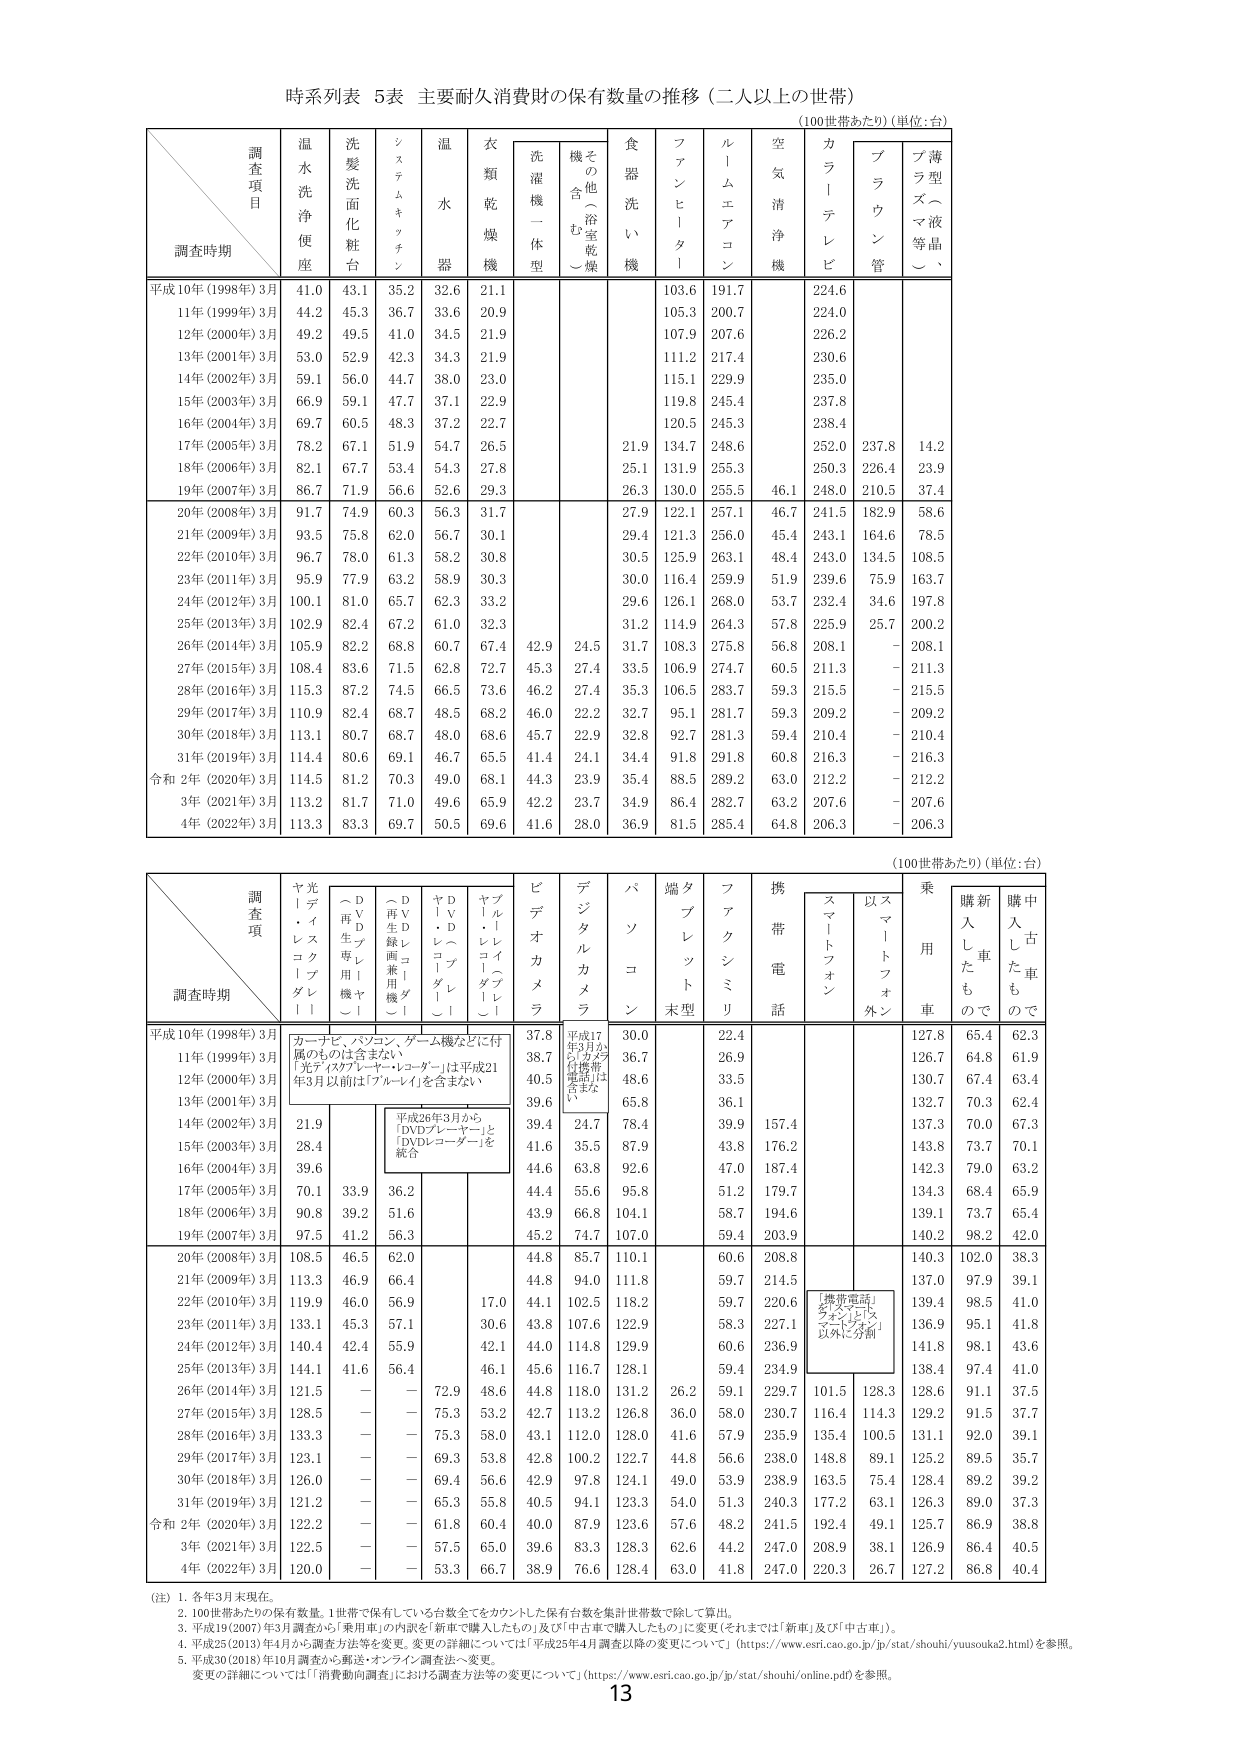
時系列表 5表 主要耐久消費財の保有数量の推移（二人以上の世帯）
（100世帯あたり）（単位：台）

調査項目
調査時期
温水洗浄便座
洗髪洗面化粧台
システムキッチン
温水器
衣類乾燥機
洗濯機一体型
その他（浴室乾燥含む）
食器洗い機
ファンヒーター
ルームエアコン
空気清浄機
カラーテレビ
ブラウン管
プラズマ・液晶等品

平成10年（1998年）3月
41.0
43.1
35.2
32.6
21.1
103.6
191.7
224.6

11年（1999年）3月
44.2
45.3
36.7
33.6
20.9
105.3
200.7
224.0

12年（2000年）3月
49.2
49.5
41.0
34.5
21.9
107.9
207.6
226.2

13年（2001年）3月
53.0
52.9
42.3
34.3
21.9
111.2
217.4
230.6

14年（2002年）3月
59.1
56.0
44.7
38.0
23.0
115.1
229.9
235.0

15年（2003年）3月
66.9
59.1
47.7
37.1
22.9
119.8
245.4
237.8

16年（2004年）3月
69.7
60.5
48.3
37.2
22.7
120.5
245.3
238.4

17年（2005年）3月
78.2
67.1
51.9
54.7
26.5
21.9
134.7
248.6
252.0
237.8
14.2

18年（2006年）3月
82.1
67.7
53.4
54.3
27.8
25.1
131.9
255.3
250.3
226.4
23.9

19年（2007年）3月
86.7
71.9
56.6
52.6
29.3
26.3
130.0
255.5
46.1
248.0
210.5
37.4

20年（2008年）3月
91.7
74.9
60.3
56.3
31.7
27.9
122.1
257.1
46.7
241.5
182.9
58.6

21年（2009年）3月
93.5
75.8
62.0
56.7
30.1
29.4
121.3
256.0
45.4
243.1
164.6
78.5

22年（2010年）3月
96.7
78.0
61.3
58.2
30.8
30.5
125.9
263.1
48.4
243.0
134.5
108.5

23年（2011年）3月
95.9
77.9
63.2
58.9
30.3
30.0
116.4
259.9
51.9
239.6
75.9
163.7

24年（2012年）3月
100.1
81.0
65.7
62.3
33.2
29.6
126.1
268.0
53.7
232.4
34.6
197.8

25年（2013年）3月
102.9
82.4
67.2
61.0
32.3
31.2
114.9
264.3
57.8
225.9
25.7
200.2

26年（2014年）3月
105.9
82.2
68.8
60.7
67.4
42.9
24.5
31.7
108.3
275.8
56.8
208.1
－
208.1

27年（2015年）3月
108.4
83.6
71.5
62.8
72.7
45.3
27.4
33.5
106.9
274.7
60.5
211.3
－
211.3

28年（2016年）3月
115.3
87.2
74.5
66.5
73.6
46.2
27.4
35.3
106.5
283.7
59.3
215.5
－
215.5

29年（2017年）3月
110.9
82.4
68.7
48.5
68.2
46.0
22.2
32.7
95.1
281.7
59.3
209.2
－
209.2

30年（2018年）3月
113.1
80.7
68.7
48.0
68.6
45.7
22.9
32.8
92.7
281.3
59.4
210.4
－
210.4

31年（2019年）3月
114.4
80.6
69.1
46.7
65.5
41.4
24.1
34.4
91.8
291.8
60.8
216.3
－
216.3

令和2年（2020年）3月
114.5
81.2
70.3
49.0
68.1
44.3
23.9
35.4
88.5
289.2
63.0
212.2
－
212.2

3年（2021年）3月
113.2
81.7
71.0
49.6
65.9
42.2
23.7
34.9
86.4
282.7
63.2
207.6
－
207.6

4年（2022年）3月
113.3
83.3
69.7
50.5
69.6
41.6
28.0
36.9
81.5
285.4
64.8
206.3
－
206.3

（100世帯あたり）（単位：台）

調査項目
調査時期
ヤ光・ディレクトブレード
D V D レコーダー（再生専用機）
D V D レコーダー（再生録画兼用機）
D V D プレイヤー
ブルーレイ・プレイヤー
ビデオカメラ
デジタルカメラ
パソコン
端末型
タブレット
ファクシミリ
携帯電話
スマートフォン
スマートフォン以外
乗用車
購入したものです
中古車購入したものです

平成10年（1998年）3月
カーナビ、パソコン、ゲーム機などに付属のものは含まない。
「光ディレクト・オーローダー」は平成21年3月以前は「ブルーレイ」を含まない。
37.8
平成17年3月から「カメラ付き携帯電話」は含まない。
30.0
22.4
127.8
65.4
62.3

11年（1999年）3月
38.7
36.7
26.9
126.7
64.8
61.9

12年（2000年）3月
40.5
48.6
33.5
130.7
67.4
63.4

13年（2001年）3月
39.6
65.8
36.1
132.7
70.3
62.4

14年（2002年）3月
21.9
平成26年3月から「DVDプレーヤー」と「DVDレコーダー」を統合
39.4
24.7
78.4
39.9
157.4
137.3
70.0
67.3

15年（2003年）3月
28.4
41.6
35.5
87.9
43.8
176.2
143.8
73.7
70.1

16年（2004年）3月
39.6
44.6
63.8
92.6
47.0
187.4
142.3
79.0
63.2

17年（2005年）3月
70.1
33.9
36.2
44.4
55.6
95.8
51.2
179.7
134.3
68.4
65.9

18年（2006年）3月
90.8
39.2
51.6
43.9
66.8
104.1
58.7
194.6
139.1
73.7
65.4

19年（2007年）3月
97.5
41.2
56.3
45.2
74.7
107.0
59.4
203.9
140.2
98.2
42.0

20年（2008年）3月
108.5
46.5
62.0
44.8
85.7
110.1
60.6
208.8
140.3
102.0
38.3

21年（2009年）3月
113.3
46.9
66.4
44.8
94.0
111.8
59.7
214.5
137.0
97.9
39.1

22年（2010年）3月
119.9
46.0
56.9
17.0
44.1
102.5
118.2
59.7
220.6
「携帯電話」を「スマートフォン」「スマートフォン以外」に分類
139.4
98.5
41.0

23年（2011年）3月
133.1
45.3
57.1
30.6
43.8
107.6
122.9
58.3
227.1
136.9
95.1
41.8

24年（2012年）3月
140.4
42.4
55.9
42.1
44.0
114.8
129.9
60.6
236.9
141.8
98.1
43.6

25年（2013年）3月
144.1
41.6
56.4
46.1
45.6
116.7
128.1
59.4
234.9
138.4
97.4
41.0

26年（2014年）3月
121.5
－
－
72.9
48.6
44.8
118.0
131.2
26.2
59.1
229.7
101.5
128.3
128.6
91.1
37.5

27年（2015年）3月
128.5
－
－
75.3
53.2
42.7
113.2
126.8
36.0
58.0
230.7
116.4
114.3
129.2
91.5
37.7

28年（2016年）3月
133.3
－
－
75.3
58.0
43.1
112.0
128.0
41.6
57.9
235.9
135.4
100.5
131.1
92.0
39.1

29年（2017年）3月
123.1
－
－
69.3
53.8
42.8
100.2
122.7
44.8
56.6
238.0
148.8
89.1
125.2
89.5
35.7

30年（2018年）3月
126.0
－
－
69.4
56.6
42.9
97.8
124.1
49.0
53.9
238.9
163.5
75.4
128.4
89.2
39.2

31年（2019年）3月
121.2
－
－
65.3
55.8
40.5
94.1
123.3
54.0
51.3
240.3
177.2
63.1
126.3
89.0
37.3

令和2年（2020年）3月
122.2
－
－
61.8
60.4
40.0
87.9
123.6
57.6
48.2
241.5
192.4
49.1
125.7
86.9
38.8

3年（2021年）3月
122.5
－
－
57.5
65.0
39.6
83.3
128.3
62.6
44.2
247.0
208.9
38.1
126.9
86.4
40.5

4年（2022年）3月
120.0
－
－
53.3
66.7
38.9
76.6
128.4
63.0
41.8
247.0
220.3
26.7
127.2
86.8
40.4

（注）1. 各年3月末現在。
2. 100世帯あたりの保有数量。1世帯で保有している台数全てをカウントした保有台数を集計世帯数で除して算出。
3. 平成19（2007）年3月調査から「乗用車」の内訳を「新車で購入したもの」及び「中古車で購入したもの」に変更（それまでは「新車」及び「中古車」）。
4. 平成25（2013）年4月から調査方法等を変更。変更の詳細については「平成25年4月調査以降の変更について」（https://www.esri.cao.go.jp/jp/stat/shouhi/yuusouka2.html）を参照。
5. 平成30（2018）年10月調査から郵送・オンライン調査法へ変更。
変更の詳細については「『消費動向調査』における調査方法等の変更について」（https://www.esri.cao.go.jp/jp/stat/shouhi/online.pdf）を参照。

13